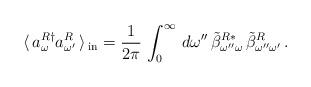
LaTeX: \begin{align*}\langle\, a_{\omega}^{R \dag}a_{\omega'}^{R}\, \rangle \,_{\rm{in}} = \frac{1}{2\pi}\,\int_{0}^{\infty}\,d\omega''\,\tilde{\beta}_{\omega''\omega}^{R *}\,\tilde{\beta}_{\omega''\omega'}^{R} \,.\end{align*}